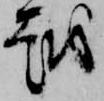
越